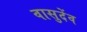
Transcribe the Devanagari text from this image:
वासुदेंव